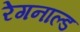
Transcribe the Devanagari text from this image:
रेगनाल्ड